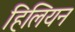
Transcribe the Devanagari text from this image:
हिलियन